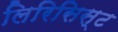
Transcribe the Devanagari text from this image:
लिरिसिस्ट